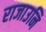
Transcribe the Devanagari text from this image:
राजाउनि